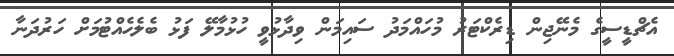
އެޗްޑީސީގެ މެނޭޖިން ޑިރެކްޓަރު މުހައްމަދު ސައިމަން ވިދާޅުވީ ހުޅުމާލޭ ފަޅު ބެލެހެއްޓުމަށް ހަރުދަނާ